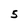
Character: 5